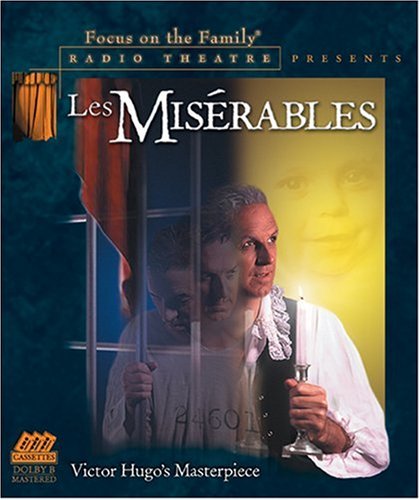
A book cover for Les Miserables (Focus on the Family Radio Theatre); Victor Hugo; Humor & Entertainment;